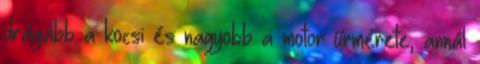
drágább a kocsi és nagyobb a motor űrmérete, annál